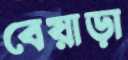
বেয়াড়া